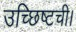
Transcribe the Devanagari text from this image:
उच्छिष्टची।